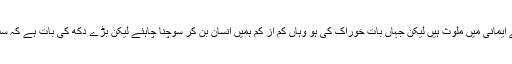
بلاشبہ ہم سب کسی نہ کسی رنگ میں، کسی نہ کسی انداز میں بے ایمانی میں ملوث ہیں لیکن جہاں بات خوراک کی ہو وہاں کم از کم ہمیں انسان بن کر سوچنا چاہئے لیکن بڑے دکھ کی بات ہے کہ سب سے زیادہ دو نمبری کھانے پینے کے کاموں میں ہو رہی ہے ۔